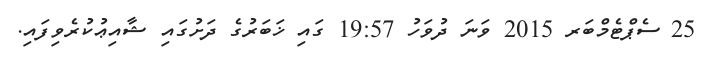
25 ސެޕްޓެމްބަރ 2015 ވަނަ ދުވަހު 19:57 ގައި ޚަބަރުގެ ދަށުގައި ޝާއިޢުކުރެވިފައި.